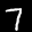
Label: 7